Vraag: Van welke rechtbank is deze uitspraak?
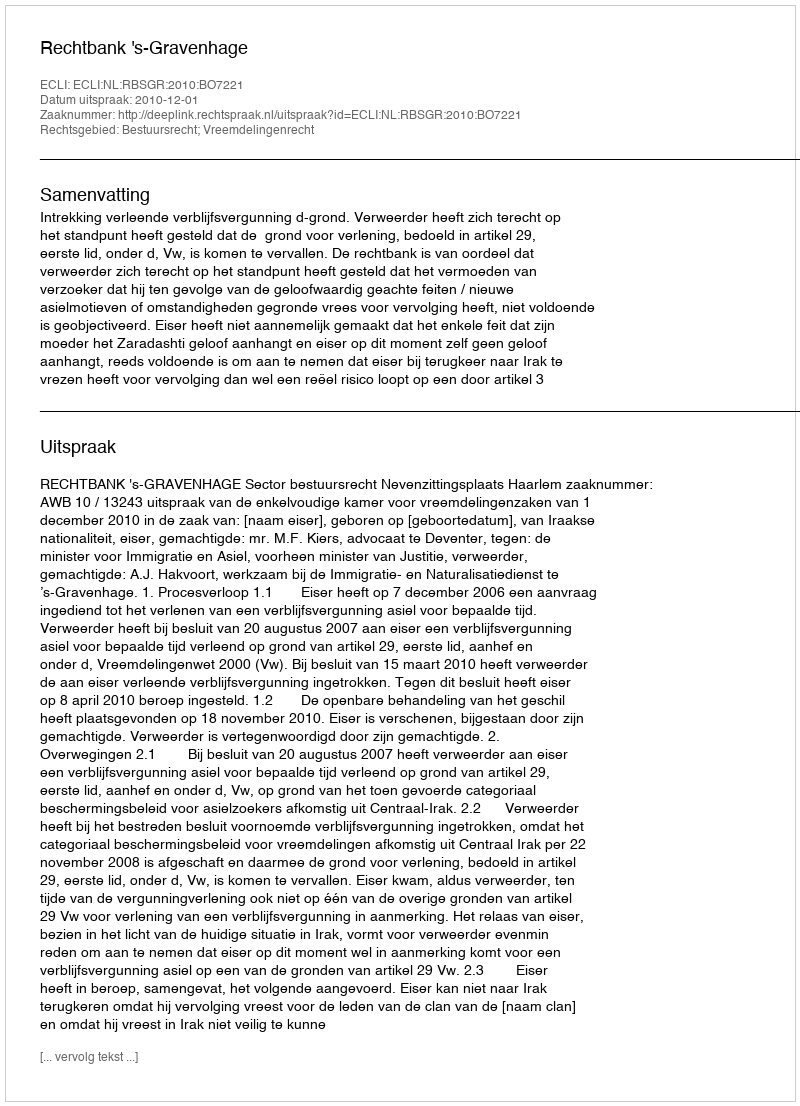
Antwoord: Rechtbank 's-Gravenhage